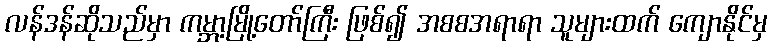
လန်ဒန်ဆိုသည်မှာ ကမ္ဘာ့မြို့တော်ကြီး ဖြစ်၍ အစစအရာရာ သူများထက် ကျောနိုင်မှ